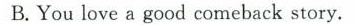
B.You love a good comeback story.